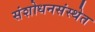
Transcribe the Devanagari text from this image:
संशोधनसंस्थेत